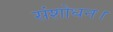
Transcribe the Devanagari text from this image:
संशोधन।